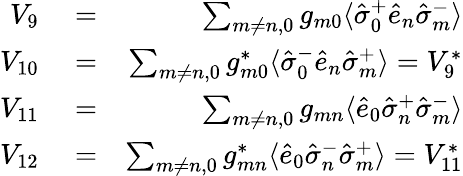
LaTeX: \begin{array}{rlr}{V_{9}}&{{}=}&{\sum_{m\neq n,0}g_{m0}\langle\hat{\sigma}_{0}^{+}\hat{e}_{n}\hat{\sigma}_{m}^{-}\rangle}\\ {V_{10}}&{{}=}&{\sum_{m\neq n,0}g_{m0}^{*}\langle\hat{\sigma}_{0}^{-}\hat{e}_{n}\hat{\sigma}_{m}^{+}\rangle=V_{9}^{*}}\\ {V_{11}}&{{}=}&{\sum_{m\neq n,0}g_{mn}\langle\hat{e}_{0}\hat{\sigma}_{n}^{+}\hat{\sigma}_{m}^{-}\rangle}\\ {V_{12}}&{{}=}&{\sum_{m\neq n,0}g_{mn}^{*}\langle\hat{e}_{0}\hat{\sigma}_{n}^{-}\hat{\sigma}_{m}^{+}\rangle=V_{11}^{*}}\end{array}